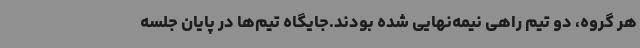
هر گروه، دو تیم راهی نیمه‌نهایی شده بودند.جایگاه تیم‌ها در پایان جلسه